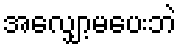
အလျှော့မပေးဘဲ